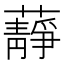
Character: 𧂮